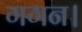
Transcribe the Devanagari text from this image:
गगन।